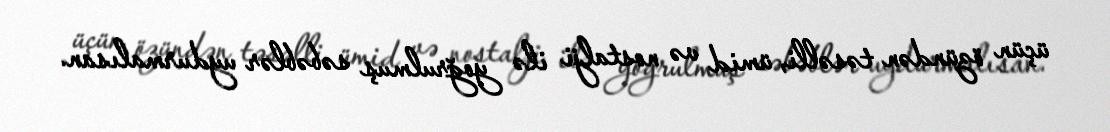
üçün özündən təsəlli, ümid və nostalji ilə yoğrulmuş səbəblər uydurmalısan.